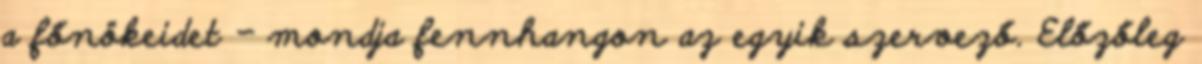
a főnökeidet - mondja fennhangon az egyik szervező. Előzőleg